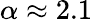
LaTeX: \alpha\approx 2.1